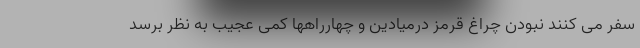
سفر می کنند نبودن چراغ قرمز درمیادین و چهارراهها کمی عجیب به نظر برسد